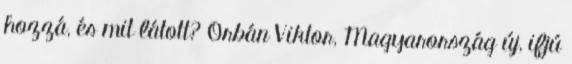
hozzá, és mit látott? Orbán Viktor, Magyarország új, ifjú